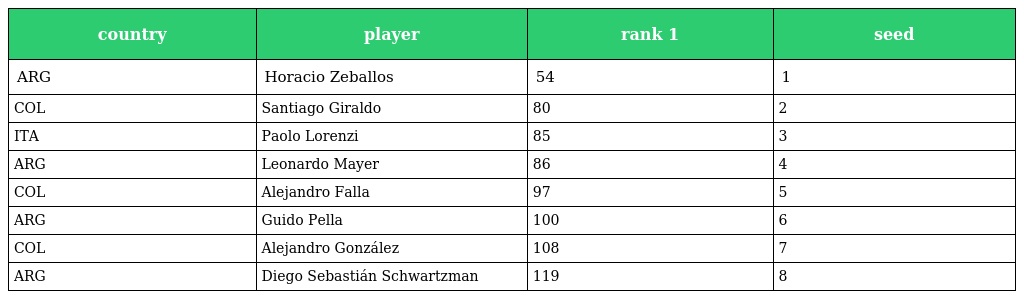
| country | player | rank 1 | seed |
 | --- | --- | --- | --- |
 | ARG | Horacio Zeballos | 54 | 1 |
 | COL | Santiago Giraldo | 80 | 2 |
 | ITA | Paolo Lorenzi | 85 | 3 |
 | ARG | Leonardo Mayer | 86 | 4 |
 | COL | Alejandro Falla | 97 | 5 |
 | ARG | Guido Pella | 100 | 6 |
 | COL | Alejandro González | 108 | 7 |
 | ARG | Diego Sebastián Schwartzman | 119 | 8 |